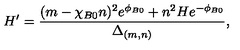
H ^ { \prime } = \frac { ( m - \chi _ { B 0 } n ) ^ { 2 } e ^ { \phi _ { B 0 } } + n ^ { 2 } H e ^ { - \phi _ { B 0 } } } { \Delta _ { ( m , n ) } } ,